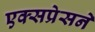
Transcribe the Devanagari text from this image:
एक्सप्रेसने